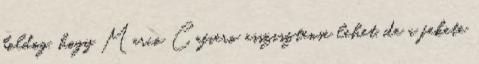
boldog, hogy Marco Cafiero asszisztense lehet, de a fekete